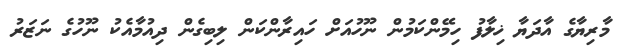
މާރިޔާގެ އާދަޔާ ޚިލާފު ހިމޭންކަމުން ނޫހުއަށް ހައިރާންކަން ލިބިގެން ދިއުމާއެކު ނޫހުގެ ނަޒަރު